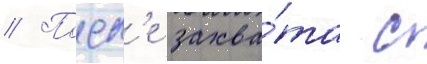
// Посл'е захва́та с